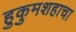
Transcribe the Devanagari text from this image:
हुकुमशहाचा